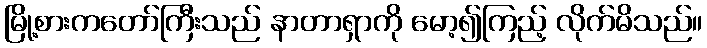
မြို့စားကတော်ကြီးသည် နာတာရှာကို မော့၍ကြည့် လိုက်မိသည်။